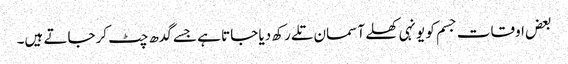
بعض اوقات جسم کو یونہی کھلے آسمان تلے رکھ دیا جاتا ہے جسے گدھ چٹ کرجاتے ہیں۔